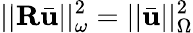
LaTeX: ||\mathbf{R}\bar{\mathbf{u}}||_{\omega}^{2}=||\bar{\mathbf{u}}||_{\Omega}^{2}